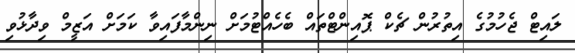
ލައިޓް ޖެހުމުގެ އިތުރުން ޗެކް ޕޮއިންޓްތައް ބެހެއްޓުމަށް ނިންމާފައިވާ ކަމަށް އަޒީމް ވިދާޅުވި